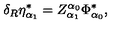
\delta _ { R } \eta _ { \alpha _ { 1 } } ^ { * } = Z _ { \alpha _ { 1 } } ^ { \alpha _ { 0 } } \Phi _ { \alpha _ { 0 } } ^ { * } ,